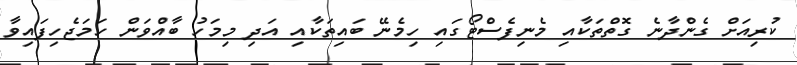
ކުރިއަށް ގެންދާނެ ގޮތްތަކާއި މެނިފެސްޓޯގައި ހިމެނޭ ބައިތަކާއި އަދި މިމަހު ބާއްވަން ހަމަޖެހިފައިވާ